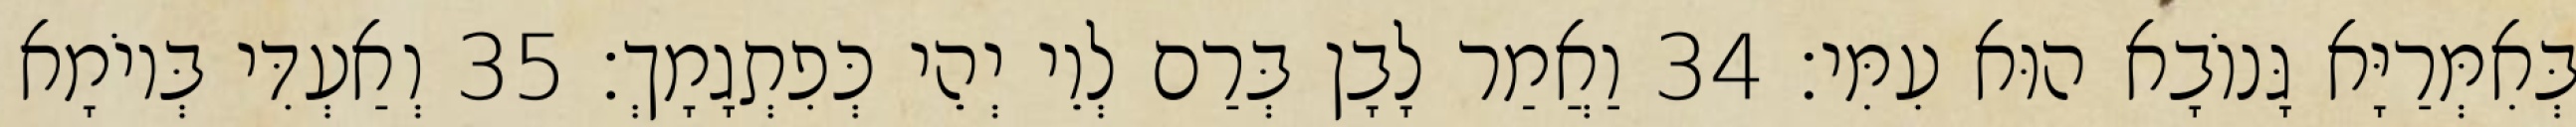
בְּאִמְּרַיָּא גָּנוֹבָא הוּא עִמִּי׃ 34 וַאֲמַר לָבָן בְּרַם לְוֵי יְהֵי כְּפִתְגָמָךְ׃ 35 וְאַעְדִּי בְּיוֹמָא